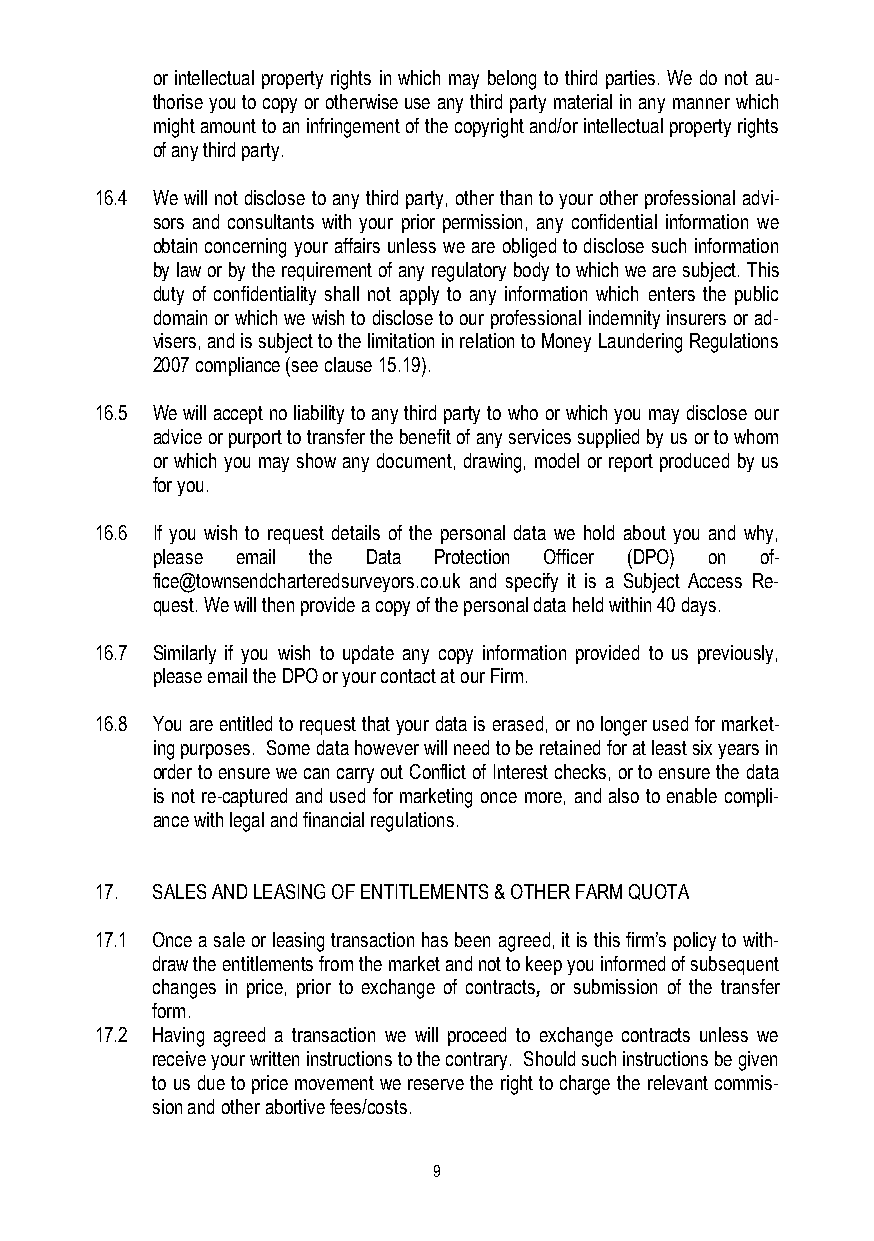
or intellectual property rights in which may belong to third parties. We do not au-
 thorise you to copy or otherwise use any third party material in any manner which
 might amount to an infringement of the copyright and/or intellectual property rights
 of any third party.
 16.4 We will not disclose to any third party, other than to your other professional advi-
 sors and consultants with your prior permission, any confidential information we
 obtain concerning your affairs unless we are obliged to disclose such information
 by law or by the requirement of any regulatory body to which we are subject. This
 duty of confidentiality shall not apply to any information which enters the public
 domain or which we wish to disclose to our professional indemnity insurers or ad-
 visers, and is subject to the limitation in relation to Money Laundering Regulations
 2007 compliance (see clause 15.19).
 16.5 We will accept no liability to any third party to who or which you may disclose our
 advice or purport to transfer the benefit of any services supplied by us or to whom
 or which you may show any document, drawing, model or report produced by us
 for you.
 16.6 If you wish to request details of the personal data we hold about you and why,
 please email the Data Protection Officer (DPO) on of-
 fice@townsendcharteredsurveyors.co.uk and specify it is a Subject Access Re-
 quest. We will then provide a copy of the personal data held within 40 days.
 16.7 Similarly if you wish to update any copy information provided to us previously,
 please email the DPO or your contact at our Firm.
 16.8 You are entitled to request that your data is erased, or no longer used for market-
 ing purposes. Some data however will need to be retained for at least six years in
 order to ensure we can carry out Conflict of Interest checks, or to ensure the data
 is not re-captured and used for marketing once more, and also to enable compli-
 ance with legal and financial regulations.
 17. SALES AND LEASING OF ENTITLEMENTS & OTHER FARM QUOTA
 17.1 Once a sale or leasing transaction has been agreed, it is this firm’s policy to with-
 draw the entitlements from the market and not to keep you informed of subsequent
 changes in price, prior to exchange of contracts, or submission of the transfer
 form.
 17.2 Having agreed a transaction we will proceed to exchange contracts unless we
 receive your written instructions to the contrary. Should such instructions be given
 to us due to price movement we reserve the right to charge the relevant commis-
 sion and other abortive fees/costs.
 9